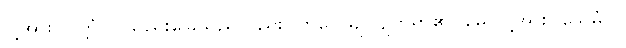
ငါ့အား။ ဝိတ္တံဝါ၊ သည်းခြေသည်လည်း။ ကုပ္ပေယျ၊ ပျက်ရာ၏။ မေ၊ ငါ့အား။ သေမှံဝါ၊